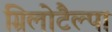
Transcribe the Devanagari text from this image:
ग्रिलोटैल्पा